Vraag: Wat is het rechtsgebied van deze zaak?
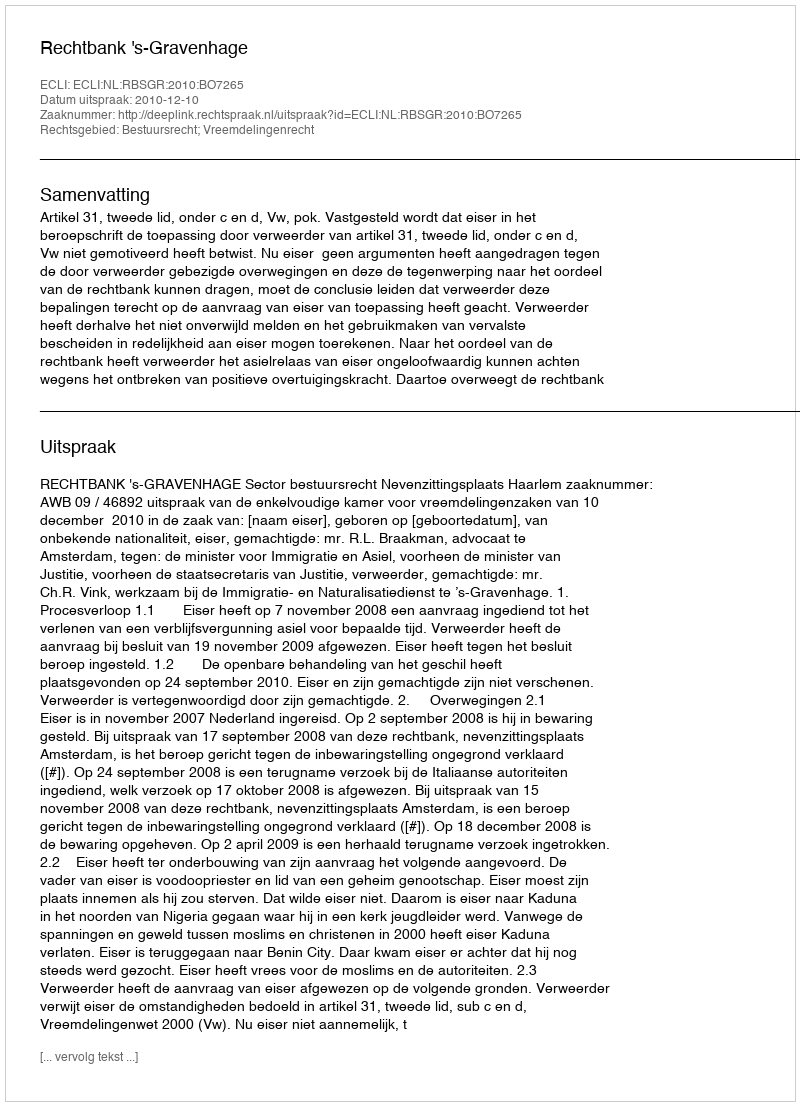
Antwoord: Bestuursrecht; Vreemdelingenrecht